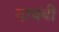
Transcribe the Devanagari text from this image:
याचंबी